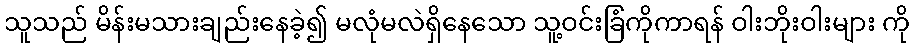
သူသည် မိန်းမသားချည်းနေခဲ့၍ မလုံမလဲရှိနေသော သူ့ဝင်းခြံကိုကာရန် ဝါးဘိုးဝါးများ ကို